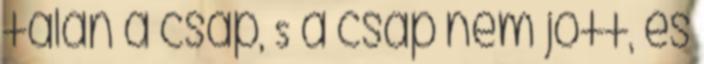
talán a csap, S a csap nem jött, és